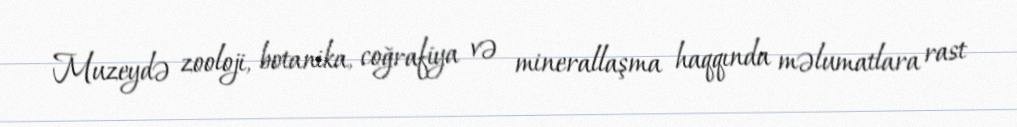
Muzeydə zooloji, botanika, coğrafiya və minerallaşma haqqında məlumatlara rast